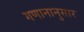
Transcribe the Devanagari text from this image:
गणानानुसार